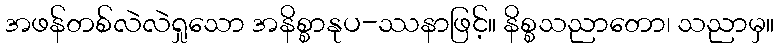
အဖန်တစ်လဲလဲရှုသော အနိစ္စာနုပ-ဿနာဖြင့်။ နိစ္စသညာတော၊ သညာမှ။